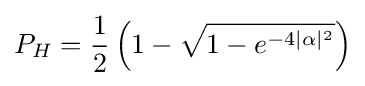
P_{H}={\frac {1}{2}}\left(1-{\sqrt {1-e^{-4\mid \alpha \mid ^{2}}}}\right)